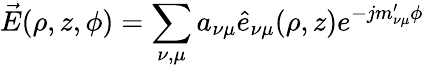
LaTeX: \vec{E}(\rho,z,\phi)=\sum_{\nu,\mu}a_{\nu\mu}{\hat{e}}_{\nu\mu}(\rho,z)e^{-jm_{\nu\mu}^{\prime}\phi}